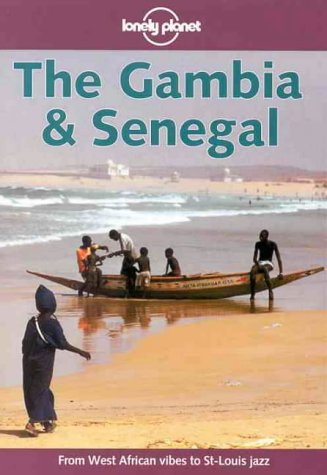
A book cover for Lonely Planet the Gambia & Senegal (Lonely Planet the Gambia and Senegal, 1st ed) (Lonely Planet the Big Trip: Your Ultimate Guide to Gap Years & Overseas Adventures); David Else; Travel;